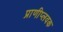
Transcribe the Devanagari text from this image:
प्राणीप्लवक